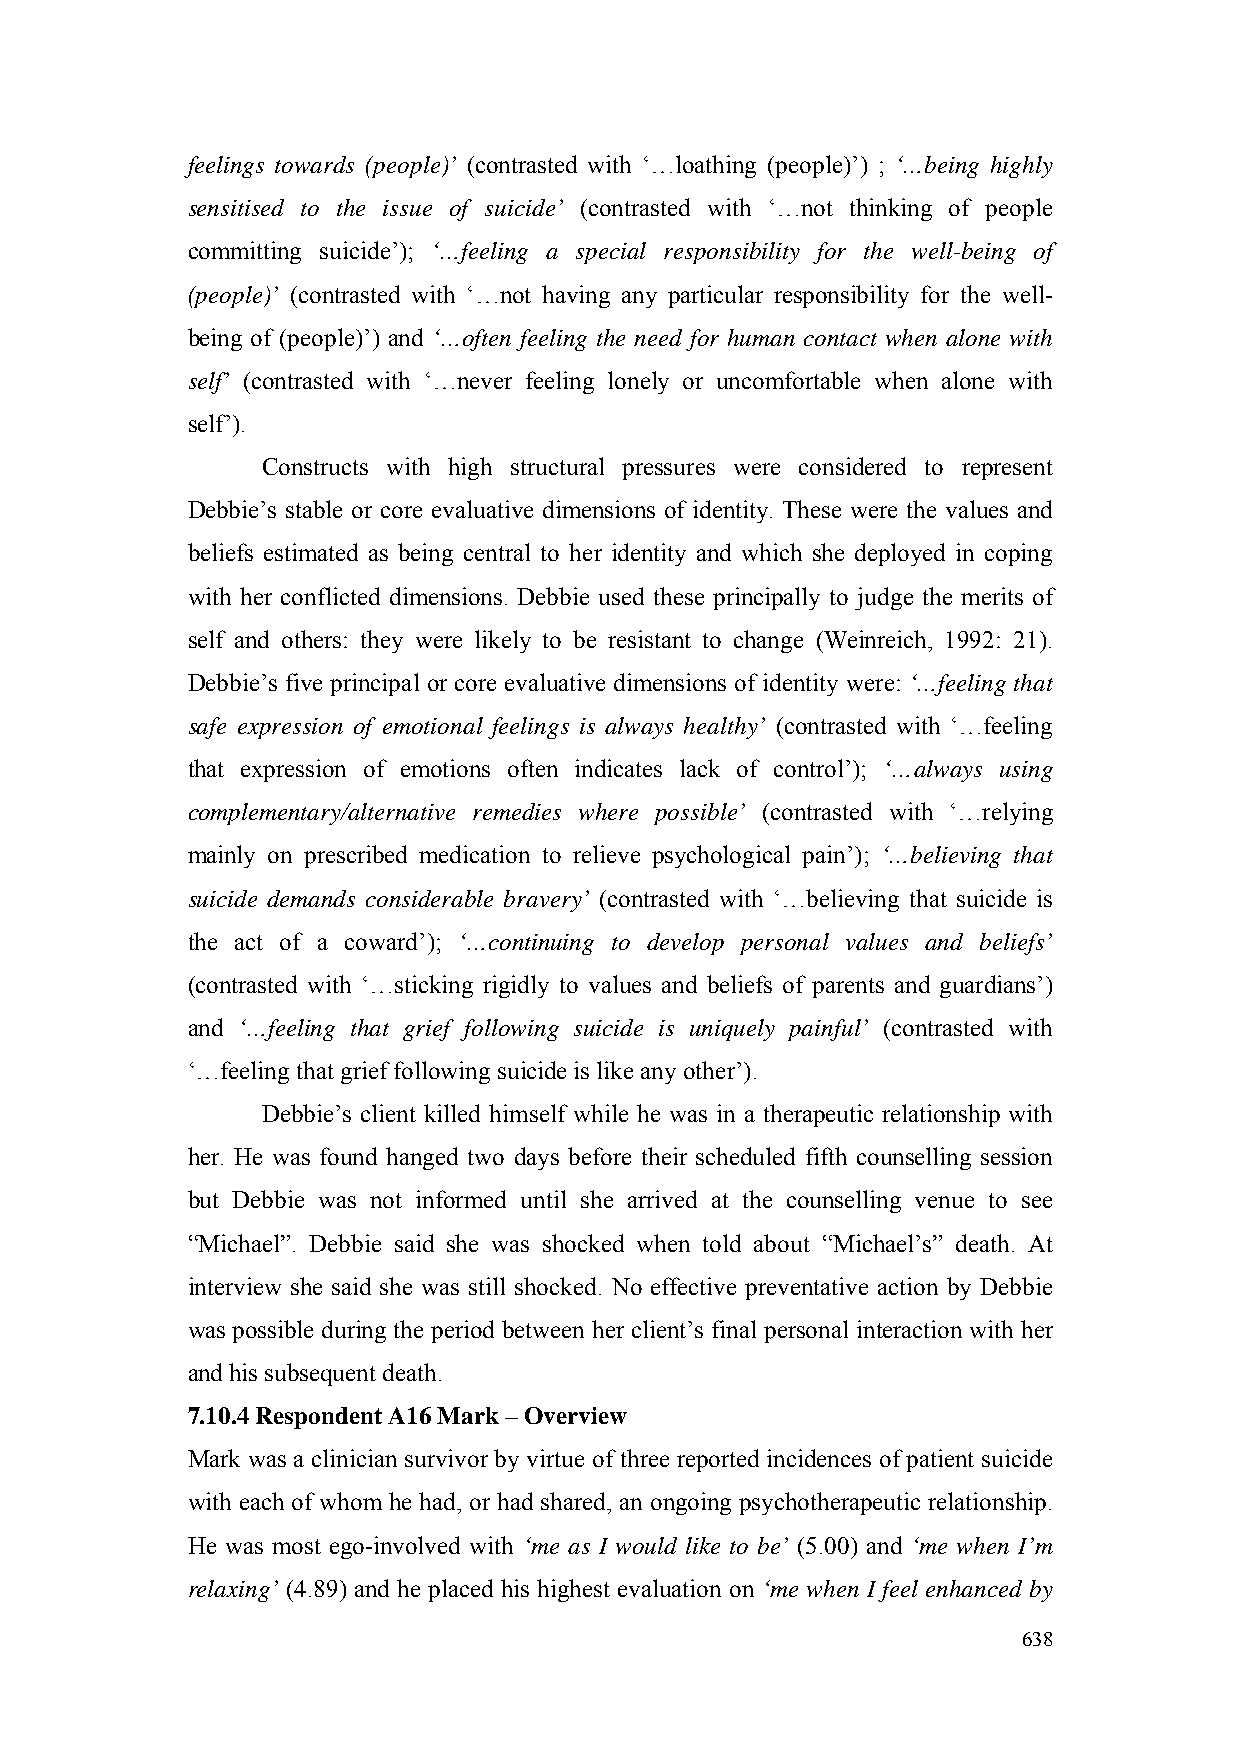
feelings towards (people)’ (contrasted with ‘…loathing (people)’) ; ‘…being highly
 sensitised to the issue of suicide’ (contrasted with ‘…not thinking of people
 committing suicide’); ‘…feeling a special responsibility for the well-being of
 (people)’ (contrasted with ‘…not having any particular responsibility for the well-
 being of (people)’) and ‘…often feeling the need for human contact when alone with
 self’ (contrasted with ‘…never feeling lonely or uncomfortable when alone with
 self’).
 Constructs with high structural pressures were considered to represent
 Debbie’s stable or core evaluative dimensions of identity. These were the values and
 beliefs estimated as being central to her identity and which she deployed in coping
 with her conflicted dimensions. Debbie used these principally to judge the merits of
 self and others: they were likely to be resistant to change (Weinreich, 1992: 21).
 Debbie’s five principal or core evaluative dimensions of identity were: ‘…feeling that
 safe expression of emotional feelings is always healthy’ (contrasted with ‘…feeling
 that expression of emotions often indicates lack of control’); ‘…always using
 complementary/alternative remedies where possible’ (contrasted with ‘…relying
 mainly on prescribed medication to relieve psychological pain’); ‘…believing that
 suicide demands considerable bravery’ (contrasted with ‘…believing that suicide is
 the act of a coward’); ‘…continuing to develop personal values and beliefs’
 (contrasted with ‘…sticking rigidly to values and beliefs of parents and guardians’)
 and ‘…feeling that grief following suicide is uniquely painful’ (contrasted with
 ‘…feeling that grief following suicide is like any other’).
 Debbie’s client killed himself while he was in a therapeutic relationship with
 her. He was found hanged two days before their scheduled fifth counselling session
 but Debbie was not informed until she arrived at the counselling venue to see
 “Michael”. Debbie said she was shocked when told about “Michael’s” death. At
 interview she said she was still shocked. No effective preventative action by Debbie
 was possible during the period between her client’s final personal interaction with her
 and his subsequent death.
 7.10.4 Respondent A16 Mark – Overview
 Mark was a clinician survivor by virtue of three reported incidences of patient suicide
 with each of whom he had, or had shared, an ongoing psychotherapeutic relationship.
 He was most ego-involved with ‘me as I would like to be’ (5.00) and ‘me when I’m
 relaxing’ (4.89) and he placed his highest evaluation on ‘me when I feel enhanced by
 638